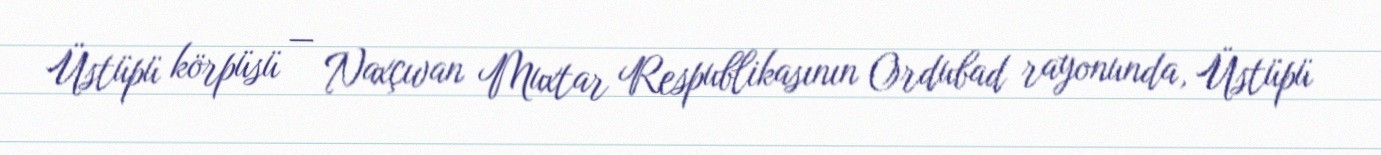
Üstüpü körpüsü — Naxçıvan Muxtar Respublikasının Ordubad rayonunda, Üstüpü